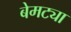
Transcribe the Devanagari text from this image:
बेमट्या